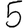
Digit: 5